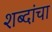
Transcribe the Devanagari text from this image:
शब्दांचा